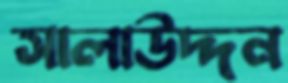
সালাউদ্দন